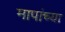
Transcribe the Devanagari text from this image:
मापांच्या